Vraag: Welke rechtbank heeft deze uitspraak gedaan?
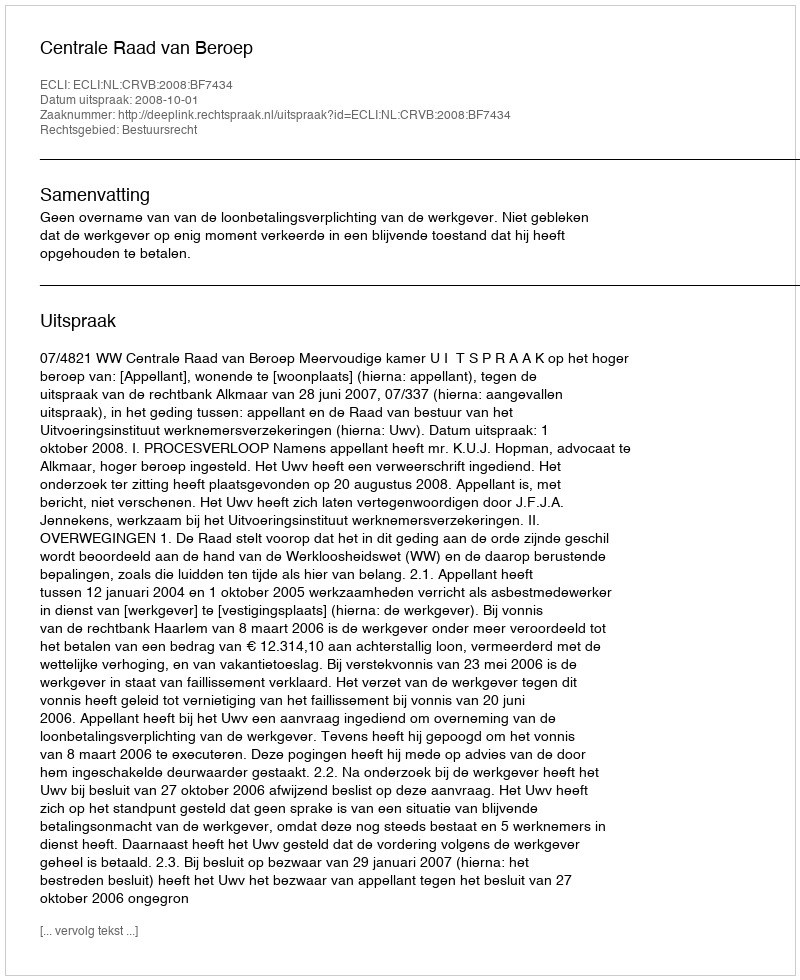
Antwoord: Centrale Raad van Beroep